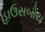
હાઉસબોય